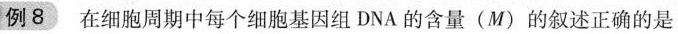
例8在细胞周期中每个细胞基因组DNA的含量(M)的叙述正确的是